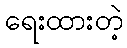
ရေးထားတဲ့